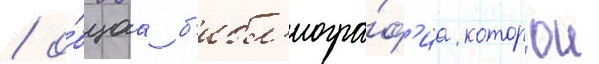
/ о́бщаа б'ибл'иогра́ф'иа которои